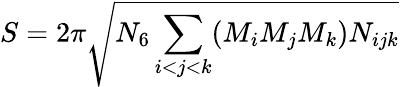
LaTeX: S=2\pi\sqrt{N_{6}\sum_{i<j<k}(M_{i}M_{j}M_{k})N_{ijk}}